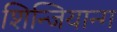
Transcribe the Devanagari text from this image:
शिन्जियान्ग